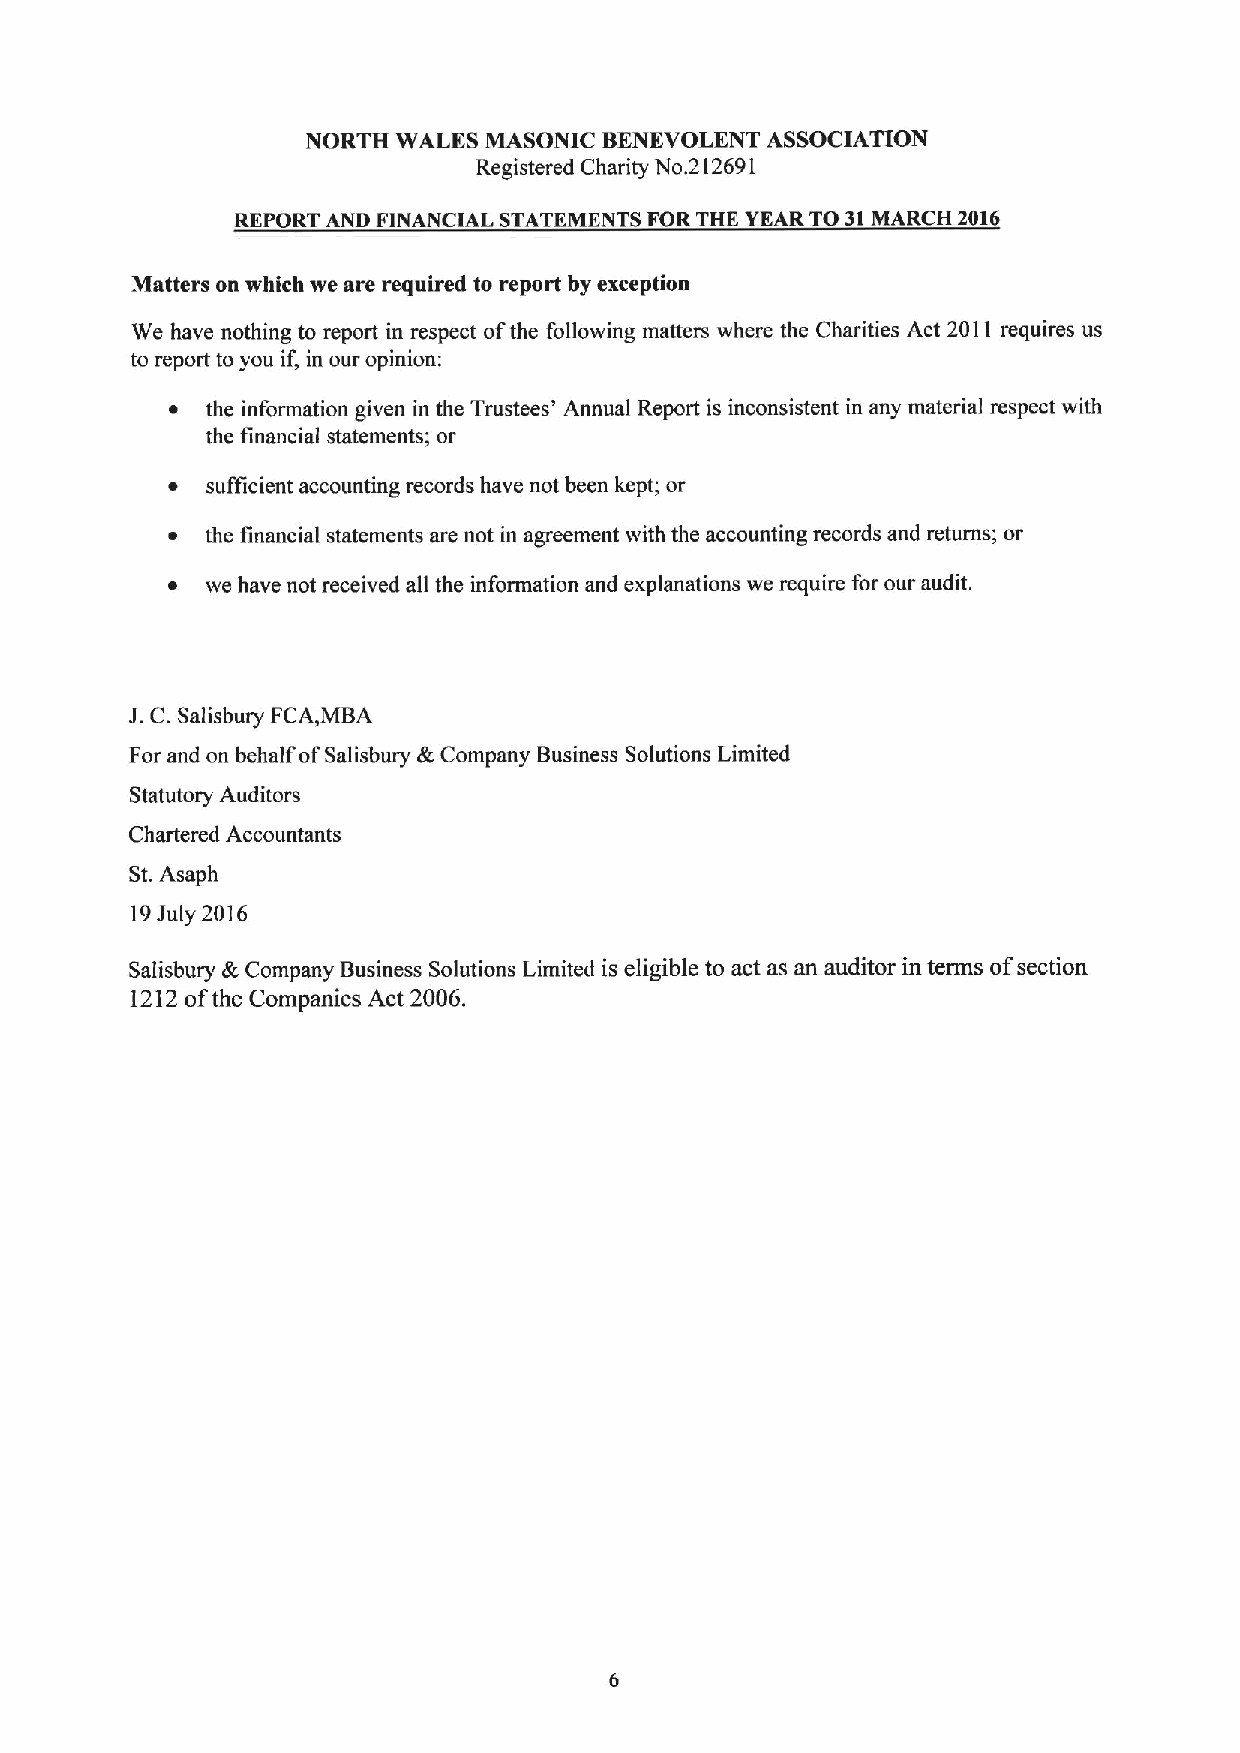
NORTH WALES MASONIC BENEVOLENT ASSOCIATION
 Registered Charity No.212691
 REPORT AND FINANCIAL STATEMENTS FOR THE YEAR TO 31MARCH 2016
 Matters on which we are required to report by exception
 We have nothing to report in respect ofthe following matters where the Charities Act 2011 requires us
 to report to you if, in our opinion:
 ~  the information given in the Trustees' Annual Report is inconsistent in any material respect with
 the financial statements; or
 ~  sufficient accounting records have not been kept; or
 ~  the financial statements are not in agreement with the accounting records and returns; or
 ~  we have not received all the information and explanations we require for our audit.
 J.C.Salisbury FCA,MBA
 For and on behalf ofSalisbury &Company Business Solutions Limited
 Statutory Auditors
 Chartered Accountants
 St.Asaph
 19July 2016
 Salisbury &Company Business Solutions Limited is eligible to act as an auditor in terms ofsection
 1212ofthe Companies Act 2006.